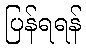
ပြန်ရရန်